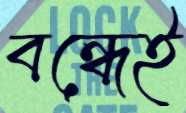
বন্ধেই